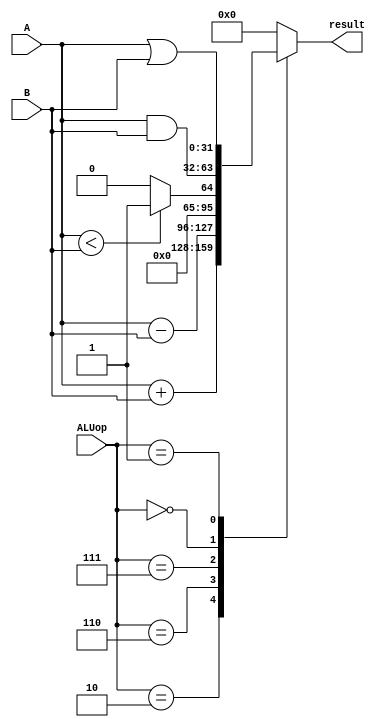
module ALU (
    input signed [31:0] A,
    input signed [31:0] B,
    input [2:0] ALUop,
    output reg signed [31:0] result
);

// ALU Operations


always @(*)
begin
    case (ALUop)
        3'b010: result = A + B;        // ADD
        3'b110: result = A - B;        // SUB
        3'b111: result = (A < B) ? 1 : 0; // SLT (set if less than)
        3'b000: result = A & B;        // AND
        3'b001: result = A | B;        // OR
        default: result = 32'b0;       // Default case
    endcase
end

endmodule

module Testbench_ALU;
    
    reg signed [31:0] A;
    reg signed [31:0] B;
    reg [2:0] ALUop;
    wire signed [31:0] result;
    
    // Instantiate the ALU module
    ALU uut (
        .A(A),
        .B(B),
        .ALUop(ALUop),
        .result(result)
    );

    // Initialize the signals
    initial begin
        $monitor("%d st Test data: input A is %d, input B is %d, ALUOp is %b, result is %d.", 
                 $time, A, B, ALUop, result);
        
        A = 1; B = 2; ALUop = 3'b010; // Example Test 1
        #1; // Delay for results
        
        A = 3; B = 4; ALUop = 3'b110; // Example Test 2
        #1; // Delay for 
        
        A = 1; B = 2; ALUop = 3'b000; // example test 3
        #1; //delay
        
        A = 1; B = 0; ALUop = 3'b001; // example test 4
        #1; // delay
        
        A = 2; B = 3; ALUop = 3'b111; // example test 5
        #1; // delay
        
        // Add more test cases for other ALU operations here

        $finish;
    end
endmodule